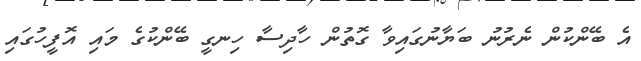
އެ ބޭންކުން ނެރުނު ބަޔާނުގައިވާ ގޮތުން ހާދިސާ ހިނގީ ބޭންކުގެ މައި އޮފީހުގައި